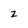
Character: z